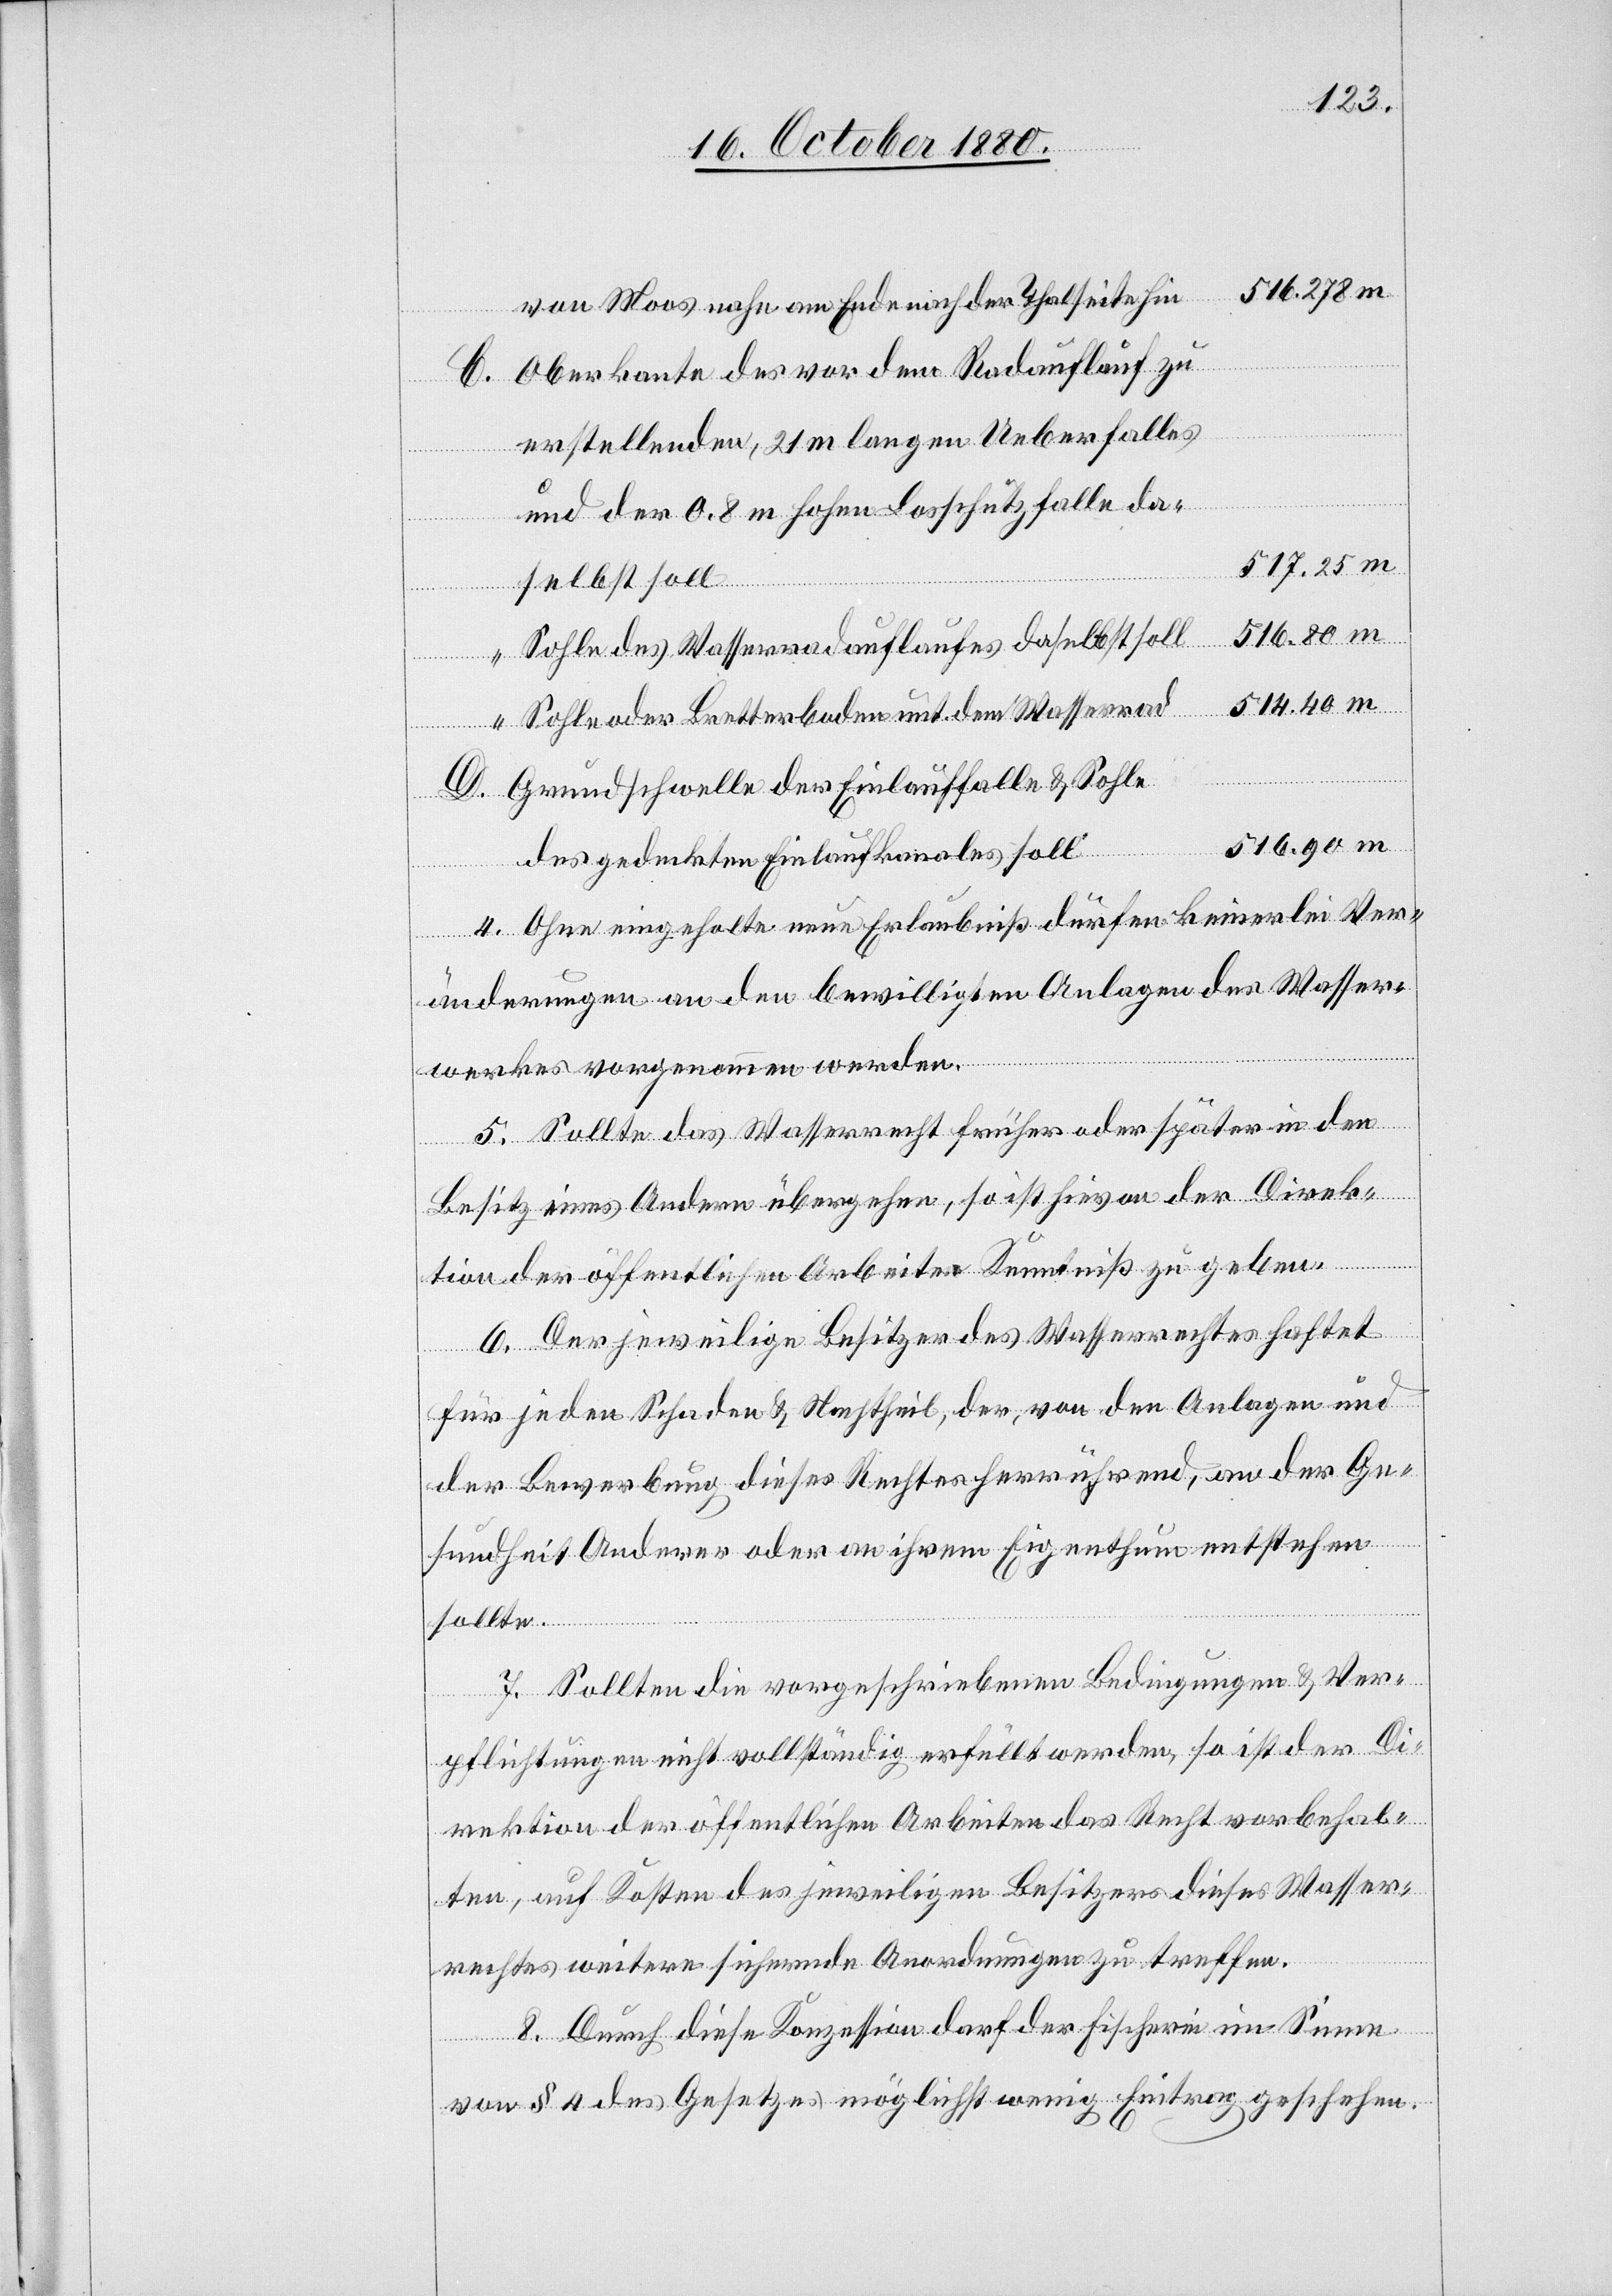
516.278 m
von Moos nahe am Ende nach der Thalseite hin
Oberkante des vor den Radauflauf zu
erstellenden, 21 m langen Ueberfalles
D.
und der 0.8 m hohen Losschutzfalle das¬
517.25 m
elbst soll
516.80 m
Sohle des Wasserradauflaufes daselbst soll
514.40 m
Sohle oder Bretterboden unt. dem Wasserrad
Grundschwelle der Einlauffalle & Sohle
516.90 m
des gedeckten Einlaufkanales soll
4. Ohne eingeholte neue Erlaubniß dürfen keinerlei Ver¬
änderungen an den bewilligten Anlagen des Wasser¬
werkes vorgenommen werden.
5. Sollte das Wasserrecht früher oder später in den
Besitz eines Andern übergehen, so ist hievon der Direk¬
tion der öffentlichen Arbeiten Kenntniß zu geben.
6. Der jeweilige Besitzer des Wasserrechtes haftet
für jeden Schaden & Nachtheil, der von den Anlage und
der Bewerbung dieses Rechtes herrührend, an der Ge¬
sundheit Anderer oder an ihrem Eigenthum entstehen
sollte.
7. Sollten die vorgeschriebenen Bedingungen & Ver¬
pflichtungen nicht vollständig erfüllt werden, so ist der Di¬
rektion der öffentlichen Arbeiten das Recht vorbehal¬
ten, auf Kosten des jeweiligen Besitzers dieses Wasser¬
rechtes weitere sichernde Anordnungen zu treffen.
8. Durch diese Konzession darf der Fischerei im Sinne
von § 4 des Gesetzes möglichst wenig Eintrag geschehen.